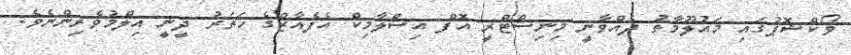
ވޯކްޝޮޕުގައި މައުލޫމާތު ދެއްވާނީ މިނިސްޓްރީ އޮފް އިސްލާމިކް އެފެއާޒްގެ ހަތަރު ދީނީ އިލްމުވެރިންނެވެ.